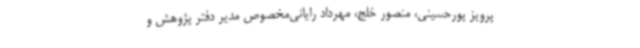
پرویز پورحسینی، منصور خلج، مهرداد رایانی‌مخصوص مدیر دفتر پژوهش و